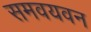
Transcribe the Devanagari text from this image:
समवयवन